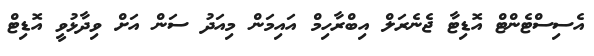
އެސިސްޓެންޓް އޮޑިޓާ ޖެނެރަލް އިބްރާހިމް އައިމަން މިއަދު ސަން އަށް ވިދާޅުވީ އޮޑިޓް